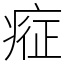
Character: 𱱗